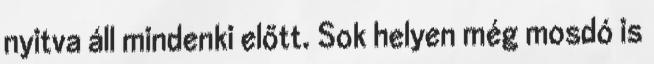
nyitva áll mindenki előtt. Sok helyen még mosdó is